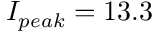
I _ { p e a k } = 1 3 . 3